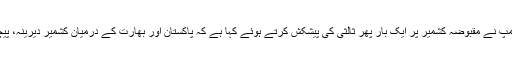
ادھر امریکی صدر ڈونلڈ ٹرمپ نے مقبوضہ کشمیر پر ایک بار پھر ثالثی کی پیشکش کرتے ہوئے کہا ہے کہ پاکستان اور بھارت کے درمیان کشمیر دیرینہ، پیچیدہ اور حل طلب مسئلہ ہے۔